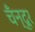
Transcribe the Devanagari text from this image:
चँन्दूर